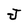
Character: J